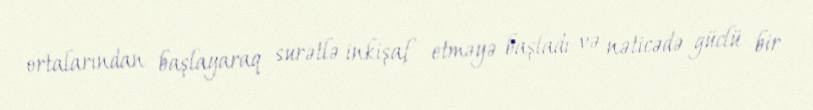
ortalarından başlayaraq surətlə inkişaf etməyə başladı və nəticədə güclü bir